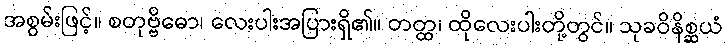
အစွမ်းဖြင့်။ စတုဗ္ဗိဓော၊ လေးပါးအပြားရှိ၏။ တတ္ထ၊ ထိုလေးပါးတို့တွင်။ သုခဝိနိစ္ဆယံ